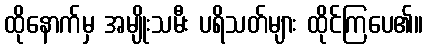
ထိုနောက်မှ အမျိုးသမီး ပရိသတ်များ ထိုင်ကြပေ၏။